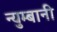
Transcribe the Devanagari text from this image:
न्युम्बानी